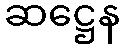
ဆဋ္ဌေန